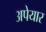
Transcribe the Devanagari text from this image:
अपेयार